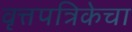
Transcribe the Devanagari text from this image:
वृत्तपत्रिकेचा